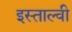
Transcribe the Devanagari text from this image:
इस्ताल्वी